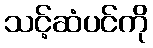
သင့်ဆံပင်ကို